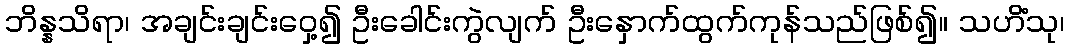
ဘိန္နသိရာ၊ အချင်းချင်းဝှေ့၍ ဦးခေါင်းကွဲလျက် ဦးနှောက်ထွက်ကုန်သည်ဖြစ်၍။ သဟိံသု၊